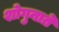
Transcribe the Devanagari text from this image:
शोगुनाते